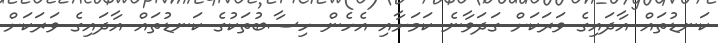
ކަނޑުތައް އާދައިގެ ވަރަކަށް ގަދަވާނެ ކަމަށާއި އެހެން ހިސާބުތަކުގެ ކަނޑުތައް އާދައިގެ ވަރަކަށް